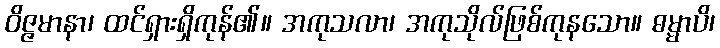
ဝိဇ္ဇမာနာ၊ ထင်ရှားရှိကုန်၏။ အကုသလာ၊ အကုသိုလ်ဖြစ်ကုနသော။ ဓမ္မာပိ၊